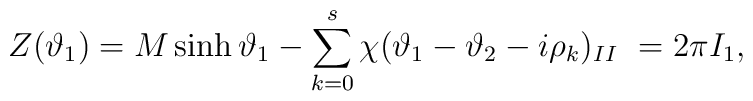
Z(\vartheta _{1})=M\sinh \vartheta _{1}-\sum ^{s}_{k=0}\chi (\vartheta _{1}-\vartheta _{2}-i\rho _{k})_{II}\, \, =2\pi I_{1},